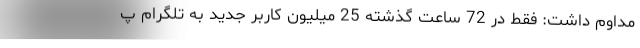
مداوم داشت: فقط در 72 ساعت گذشته 25 میلیون کاربر جدید به تلگرام پ